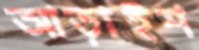
আড়াইশ